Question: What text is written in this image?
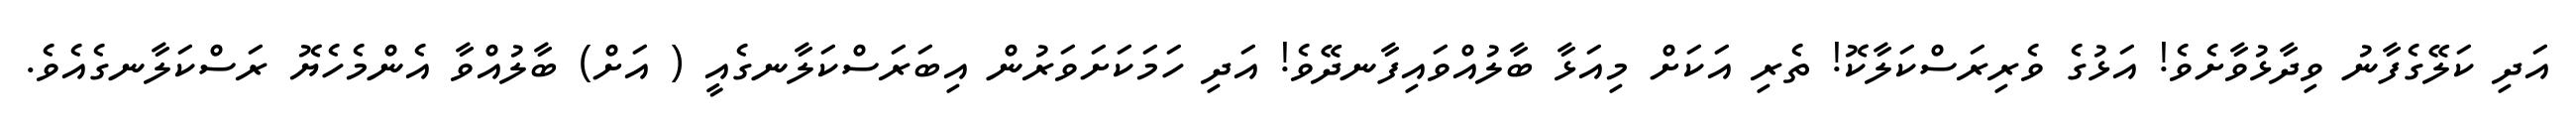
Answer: އަދި ކަލޭގެފާނު ވިދާޅުވާށެވެ! އަޅުގެ ވެރިރަސްކަލާކޮ! ތެރި އަކަށް މިއަޅާ ބާލުއްވައިފާނދޭވެ! އަދި ހަމަކަށަވަރުން އިބަރަސްކަލާނގެއީ ( އަށް) ބާލުއްވާ އެންމެހެޔޮ ރަސްކަލާނގެއެވެ.